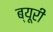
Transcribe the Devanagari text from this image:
ब्यूरी